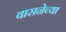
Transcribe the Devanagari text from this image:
वासनेच्या